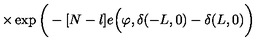
\times \exp \bigg ( - [ N - l ] e \Big ( \varphi , \delta ( - L , 0 ) - \delta ( L , 0 ) \bigg )